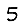
Digit: 5